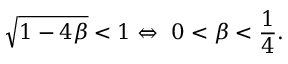
\sqrt { 1 - 4 \beta } < 1 \Leftrightarrow \ 0 < \beta < { \frac { 1 } { 4 } } .